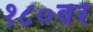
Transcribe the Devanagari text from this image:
१८०वर